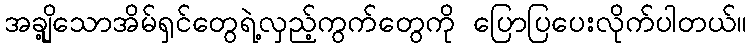
အချို့သောအိမ်ရှင်တွေရဲ့လှည့်ကွက်တွေကို ပြောပြပေးလိုက်ပါတယ်။